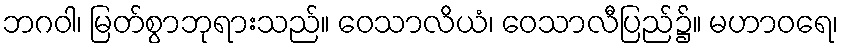
ဘဂဝါ၊ မြတ်စွာဘုရားသည်။ ဝေသာလိယံ၊ ဝေသာလီပြည်၌။ မဟာဝရေ၊